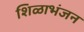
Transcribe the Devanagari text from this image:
शिळाभंजन